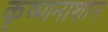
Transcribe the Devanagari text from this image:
कृष्णनाशान